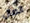
اتصال